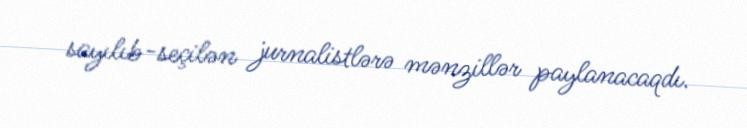
sayılıb-seçilən jurnalistlərə mənzillər paylanacaqdı.